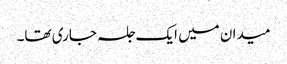
میدان میں ایک جلسہ جاری تھا۔